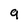
Character: 9